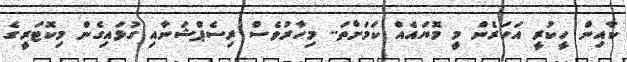
ކާއިން ހީކުރީ އަހަރެން މީ މޮޔައެއް ކަމަށްތަ.. މިހާރުވެސް ރިސެޕްޝަނާއި ގުޅައިގެން މިކޮޓަރީގެ